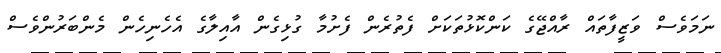
ނަމަވެސް ވަޒީފާތައް ރާއްޖޭގެ ކަންކޮޅުތަކަށް ފެތުރެން ފެށުމާ ގުޅިގެން އާއިލާގެ އެހެނިހެން މެންބަރުންވެސް